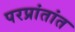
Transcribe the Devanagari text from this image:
परप्रांतांत